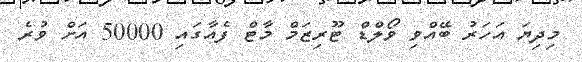
މިދިޔަ އަހަރު ބޭއްވި ވޯލްޑް ޓޫރިޒަމް މާޓް ފެއާގައި 50000 އަށް ވުރެ